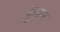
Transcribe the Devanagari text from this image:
कुंबन